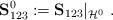
LaTeX: \begin{align*} \mathbf S_{123}^0:= \mathbf S_{123}|_{\mathcal H^0} \ . \end{align*}